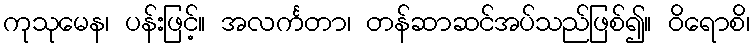
ကုသုမေန၊ ပန်းဖြင့်။ အလင်္ကတာ၊ တန်ဆာဆင်အပ်သည်ဖြစ်၍။ ဝိရောစိ၊